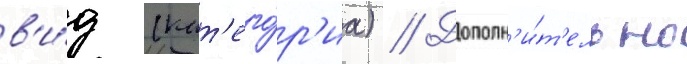
в'и́д (кат'его́р'иа) // Дополн'и́т'ельно